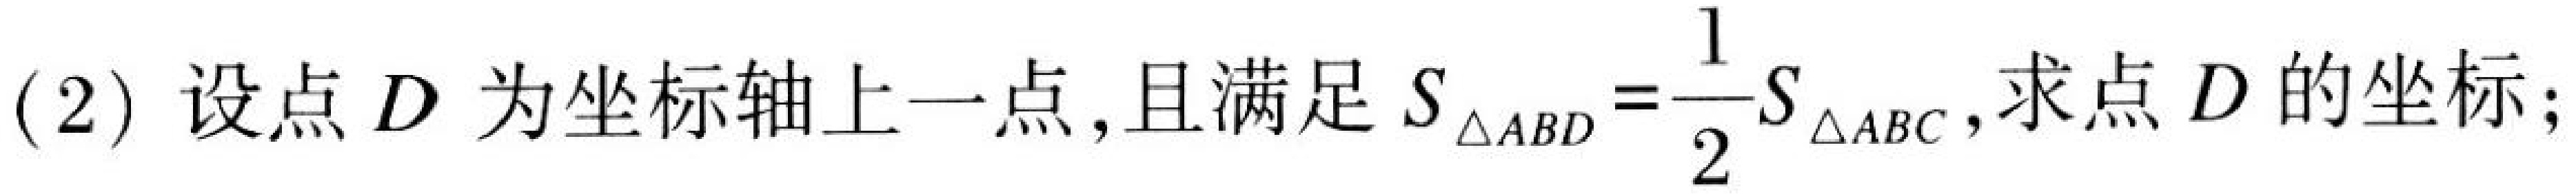
(2) 设点\(D\)为坐标轴上一点,且满足\(S_{\triangle ABD}=\frac{1}{2}S_{\triangle ABC}\),求点\(D\)的坐标;